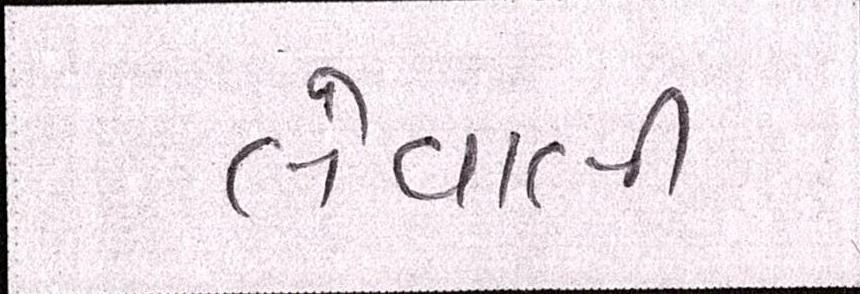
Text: લેવાલીઃ